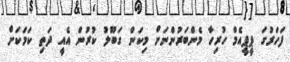
ފަހަރުގަ ޕީޕީއެމް ހުރިހާ މެންބަރުންނަށް މިކަން ގަބޫލު ކުރުން އެއީ ދަތި ކަމަކަށް